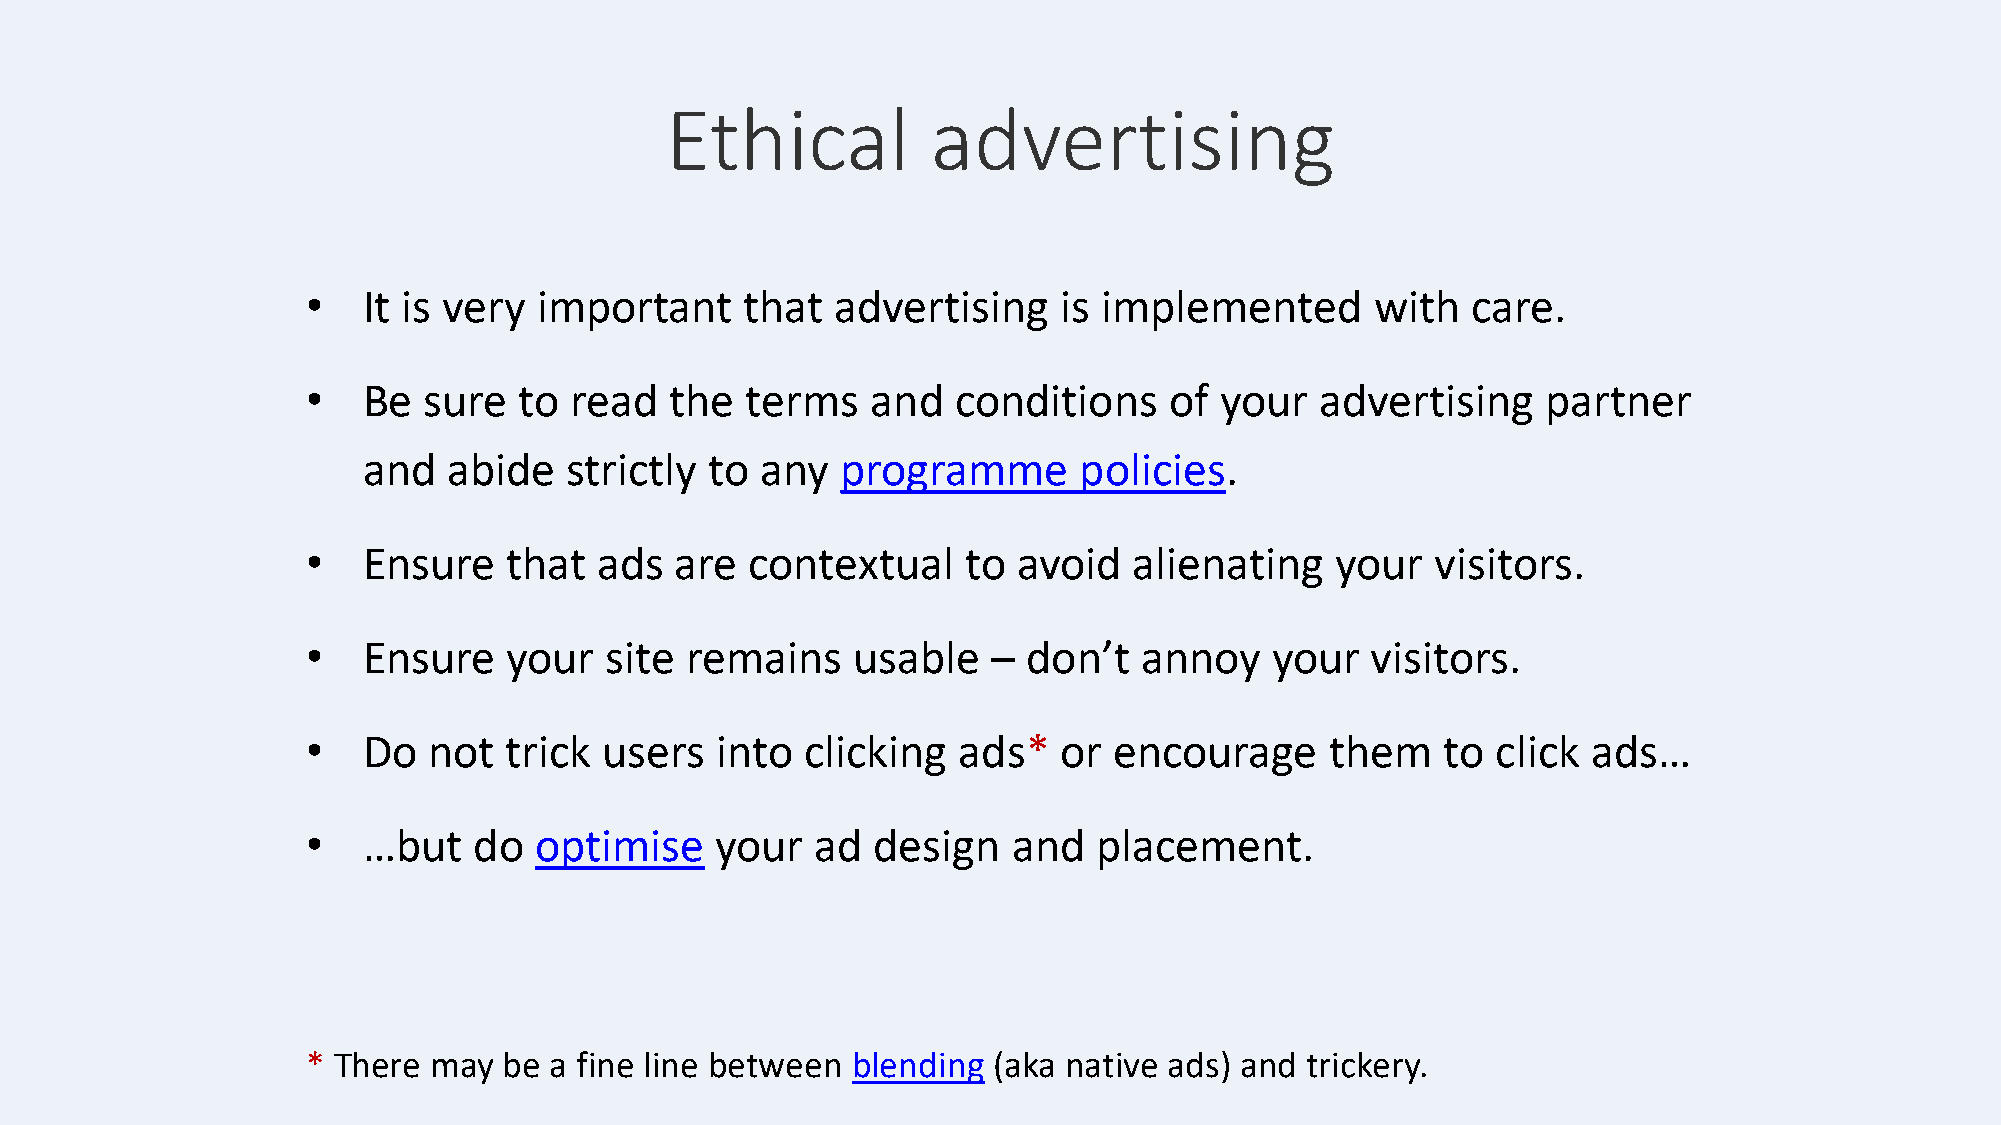
Ethical           advertising
 •   It is very  important    that  advertising    is implemented       with  care.
 •   Be  sure  to  read  the  terms    and  conditions    of  your  advertising    partner
 and   abide  strictly  to any   programme      policies.
 •   Ensure    that  ads  are  contextual    to avoid   alienating   your   visitors.
 •   Ensure    your  site remains    usable    – don’t  annoy    your   visitors.
 •   Do  not  trick  users  into  clicking  ads*   or  encourage     them    to click ads…
 •   …but   do  optimise    your   ad  design   and   placement.
 * There may  be a fine line between blending  (aka native ads) and trickery.